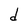
Character: d